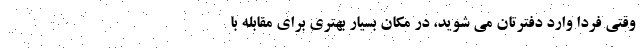
وقتی فردا وارد دفترتان می شوید، در مکان بسیار بهتری برای مقابله با